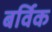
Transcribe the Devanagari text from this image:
बर्विक